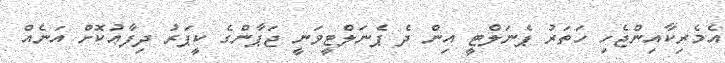
އެމެރިކާއިންޖެހި ހަތަރު ޕެނަލްޓީ އިން ދެ ޕެނަލްޓީވަނީ ޖަޕާންގެ ކީޕަރު ދިފާޢުކޮށް އަނެއް